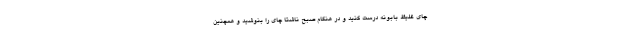
چای غلیظ بابونه درست کنید و در هنگام صبح ناشتا چای را بنوشید و همچنین